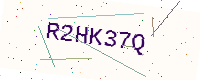
Text: R2HK37Q